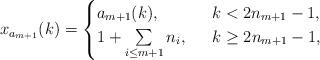
LaTeX: \begin{align*}x_{a_{m+1}}(k)=\begin{cases} a_{m+1}(k), \ & \ k< 2n_{m+1}-1,\\1+\sum\limits_{i\le m+1} n_i, \ & \ k\ge 2n_{m+1}-1,\end{cases}\end{align*}